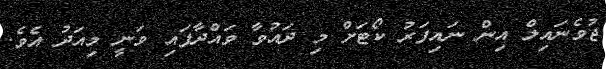
ޖުވެނައިލް އިން ނައިފަރު ކޯޓަށް މި ދައުވާ ވައްދާފައި ވަނީ މިއަދު އެވެ.